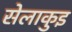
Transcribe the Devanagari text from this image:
सेलाकुइ